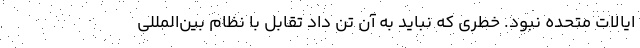
ایالات متحده نبود. خطری که نباید به آن تن داد تقابل با نظام بین‌المللی